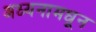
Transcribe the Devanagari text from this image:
अध्यनामधून